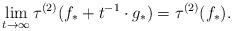
LaTeX: \begin{align*}\lim_{t \to \infty} \tau^{(2)}(f_* + t^{-1} \cdot g_*) = \tau^{(2)}(f_*).\end{align*}